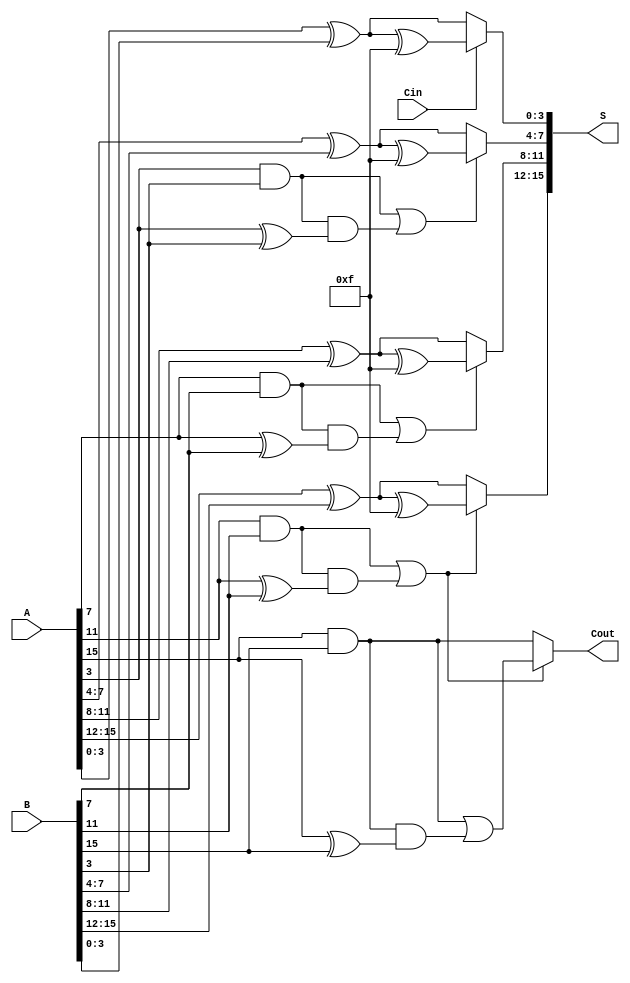
module HybridCarrySelectAdder #(parameter N = 16) (
    input  [N-1:0] A,      // First N-bit input
    input  [N-1:0] B,      // Second N-bit input
    input          Cin,     // Carry-in
    output [N-1:0] S,      // N-bit sum output
    output         Cout     // Carry-out
);

    localparam BLOCK_SIZE = 4; // Size of each block
    localparam NUM_BLOCKS = N / BLOCK_SIZE;

    wire [BLOCK_SIZE-1:0] S0 [0:NUM_BLOCKS-1]; // Sums for Cin = 0
    wire [BLOCK_SIZE-1:0] S1 [0:NUM_BLOCKS-1]; // Sums for Cin = 1
    wire C0 [0:NUM_BLOCKS-1]; // Carry-out for Cin = 0
    wire C1 [0:NUM_BLOCKS-1]; // Carry-out for Cin = 1
    wire Cprev [0:NUM_BLOCKS-1]; // Previous carry-out

    // Generate blocks
    genvar i;
    generate
        for (i = 0; i < NUM_BLOCKS; i = i + 1) begin : block
            wire [BLOCK_SIZE-1:0] A_block = A[(i+1)*BLOCK_SIZE-1:i*BLOCK_SIZE];
            wire [BLOCK_SIZE-1:0] B_block = B[(i+1)*BLOCK_SIZE-1:i*BLOCK_SIZE];

            // Compute sums and carries for Cin = 0
            assign S0[i] = A_block ^ B_block;
            assign C0[i] = A_block[BLOCK_SIZE-1] & B_block[BLOCK_SIZE-1];

            // Compute sums and carries for Cin = 1
            assign S1[i] = A_block ^ B_block ^ {BLOCK_SIZE{1'b1}};
            assign C1[i] = (A_block[BLOCK_SIZE-1] & B_block[BLOCK_SIZE-1]) | (C0[i] & (A_block[BLOCK_SIZE-1] ^ B_block[BLOCK_SIZE-1]));

            // Connect carry from previous block
            if (i == 0) begin
                assign Cprev[i] = Cin; // First block uses Cin
            end else begin
                assign Cprev[i] = C1[i-1]; // Subsequent blocks use previous carry-out
            end
        end
    endgenerate

    // Select sums and carry-out based on previous carry
    generate
        for (i = 0; i < NUM_BLOCKS; i = i + 1) begin : select
            assign S[(i+1)*BLOCK_SIZE-1:i*BLOCK_SIZE] = Cprev[i] ? S1[i] : S0[i];
            if (i == NUM_BLOCKS - 1) begin
                assign Cout = Cprev[i] ? C1[i] : C0[i]; // Final carry-out
            end
        end
    endgenerate

endmodule